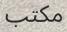
مكتب